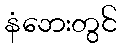
နံဘေးတွင်